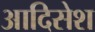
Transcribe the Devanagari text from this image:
आदिसेश